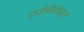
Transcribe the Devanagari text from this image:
एज़ैथियोप्राइन